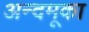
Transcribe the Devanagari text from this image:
अन्दमूका